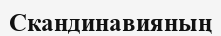
Скандинавияның